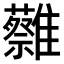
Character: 𩁞